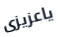
ياعزيزى